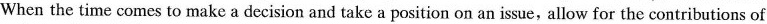
When the time comes to make a decision and take a position on an issue, allow for the contributions of